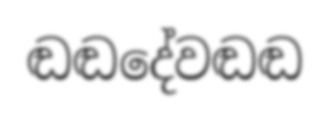
ඬඬදේවඬඬ